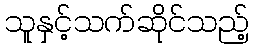
သူနှင့်သက်ဆိုင်သည့်